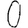
Digit: 0